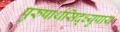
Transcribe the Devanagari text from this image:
पुरुषार्थसिद्ध्युपाय